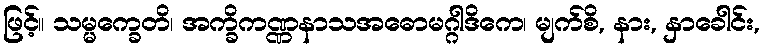
ဖြင့်။ သမ္မက္ခေတိ၊ အက္ခိကဏ္ဏနာသအဓောမဂ္ဂါဒိကေ၊ မျက်စိ, နား, နှာခေါင်း,